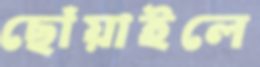
ছোঁয়াইলে